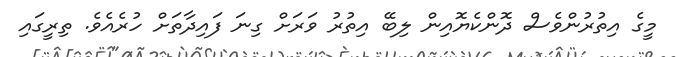
މީގެ އިތުރުންވެސް ދޮންކެޔޮއިން ލިބޭ އިތުރު ވަރަށް ގިނަ ފައިދާތަށް ހުރެއެވެ. ތިރީގައި